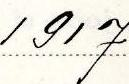
1917